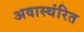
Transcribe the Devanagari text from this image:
अवास्थंरित